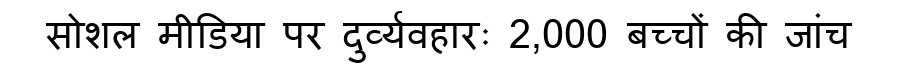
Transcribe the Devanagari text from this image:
सोशल मीडिया पर दुर्व्यवहारः 2,000 बच्चों की जांच